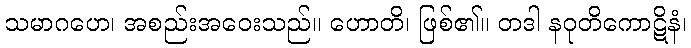
သမာဂဟေ၊ အစည်းအဝေးသည်။ ဟောတိ၊ ဖြစ်၏။ တဒါ နဝုတိကောဋိနံ၊